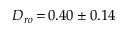
D _ { r o } \, { = } \, 0 . 4 0 \pm 0 . 1 4